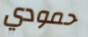
حمودي